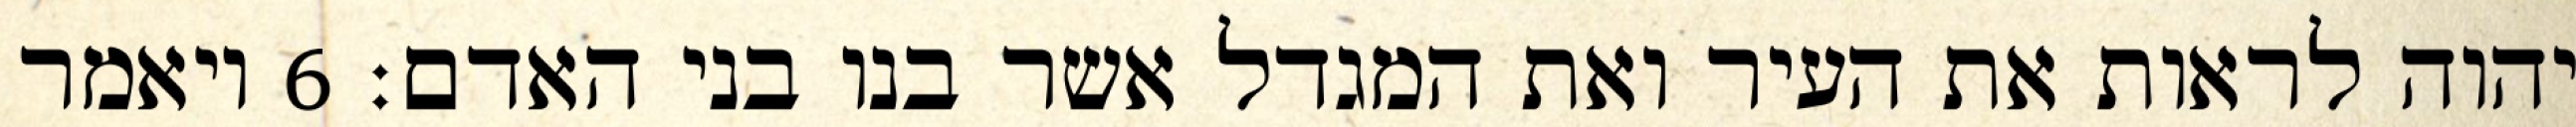
יהוה לראות את העיר ואת המגדל אשר בנו בני האדם׃ ‎6‏ ויאמר